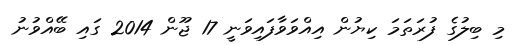
މި ބިލުގެ ފުރަތަމަ ކިޔުން އިއްވަވާފައިވަނީ 17 ޖޫން 2014 ގައި ބޭއްވުނު